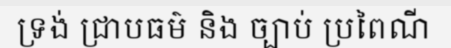
ទ្រង់ ជ្រាបធម៌ និង ច្បាប់ ប្រពៃណី